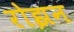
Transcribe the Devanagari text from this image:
रोझन